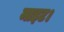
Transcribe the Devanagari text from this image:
माइट।